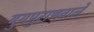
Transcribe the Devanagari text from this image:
युगपुराणवाले